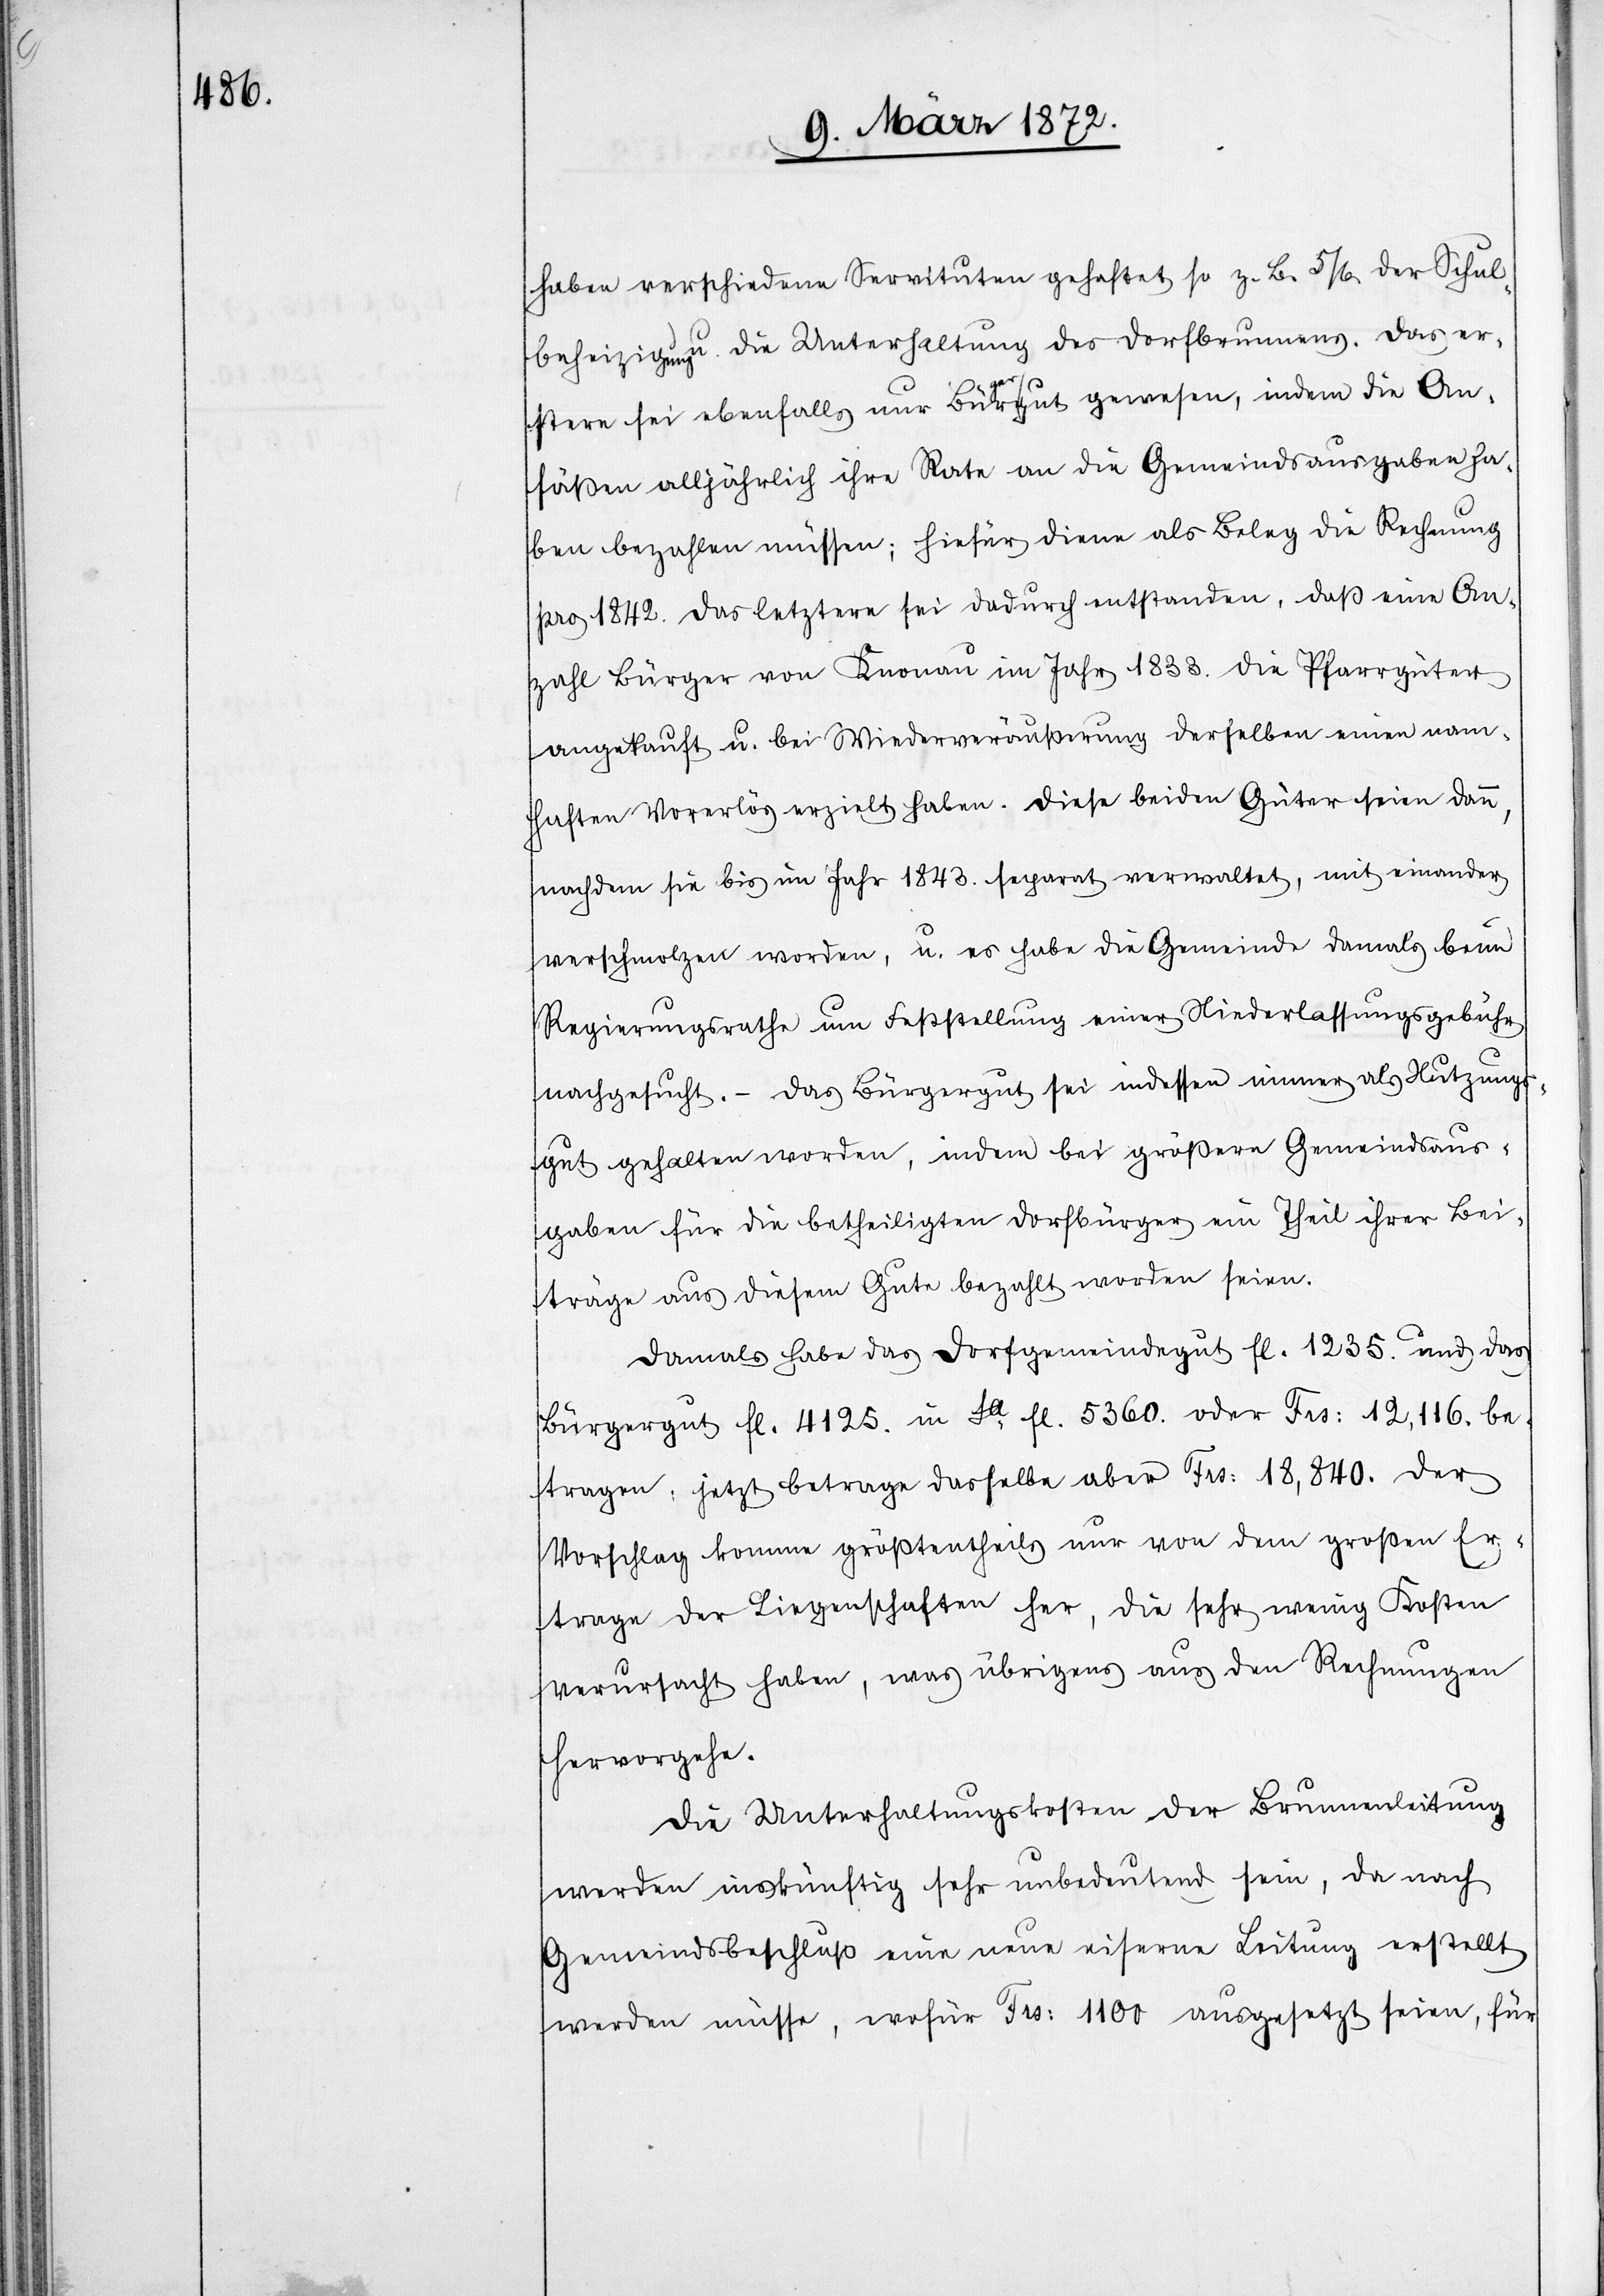
haben verschiedene Servituten gehaftet so z. B. 5/6 der Schul¬
beheizung u. die Unterhaltung des Dorfbrunnens. Das er¬
stere sei ebenfalls nur Bürgergut gewesen, indem die An¬
säßen alljährlich ihre Rate an die Gemeindsausgaben ha¬
ben bezahlen müssen, hiefür diene als Beleg die Rechnung
pro 1842. Das letztere sei dadurch entstanden, daß eine An¬
zahl Bürger von Knonau im Jahr 1833. die Pfarrgüter
angekauft u. bei Wiederveräußerung derselben einen nam¬
haften Vorerlös erzielt haben. Diese beiden Güter seien dann,
nachdem sie bis im Jahr 1843. separat verwaltet, mit einander
verschmolzen worden, u. es habe die Gemeinde damals beim
Regierungsrathe um Feststellung einer Niederlassungsgebühr
nachgesucht. – Das Bürgergut sei indessen immer als Nutzung¬
sgut gehalten worden, indem bei größern Gemeindsaus¬
gaben für die betheiligten Dorfbürger ein Theil ihrer Bei¬
träge aus diesem Gute bezahlt worden seien.
Damals habe das Dorfgemeindegut fl. 1235. und das
Bürgergut fl. 4125. in Sa fl. 5360. oder Frs. 12,116. be¬
tragen, jetzt betrage dasselbe aber Frs: 18,840. Der
Vorschlag komme größtentheils nur von dem großen Er¬
trage der Liegenschaften her, die sehr wenig Kosten
verursacht haben, was übrigens aus den Rechnungen
hervorgehe.
Die Unterhaltungskosten der Brunnenleitung
werden inskünftig sehr unbedeutend sein, da nach
Gemeindsbeschluß eine neue eiserne Leitung erstellt
werden müsse, wofür Frs: 1100 ausgesetzt seien, für